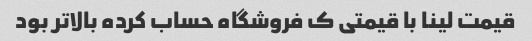
قیمت لینا با قیمتی ک فروشگاه حساب کرده بالاتر بود